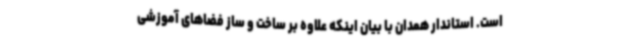
است. استاندار همدان با بیان اینکه علاوه بر ساخت و ساز فضاهای آموزشی